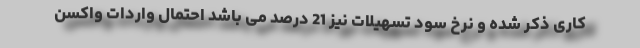
کاری ذکر شده و نرخ سود تسهیلات نیز 21 درصد می باشد احتمال واردات واکسن